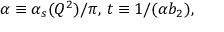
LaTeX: \alpha \equiv \alpha _ { s } ( Q ^ { 2 } ) / \pi , \, t \equiv 1 / ( \alpha b _ { 2 } ) ,